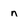
Character: n